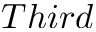
T h i r d